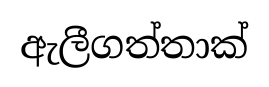
ඇලීගත්තාක්